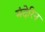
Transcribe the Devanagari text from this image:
मंदेरिन